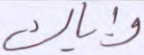
وإياك